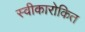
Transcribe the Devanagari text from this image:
स्वीकारोकित